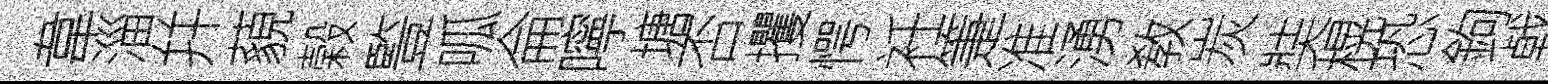
韋淄幷藐榖䜿呱侖嚀塘否攫愕衽箑准湧敎炭奘榥恐鉤㦸